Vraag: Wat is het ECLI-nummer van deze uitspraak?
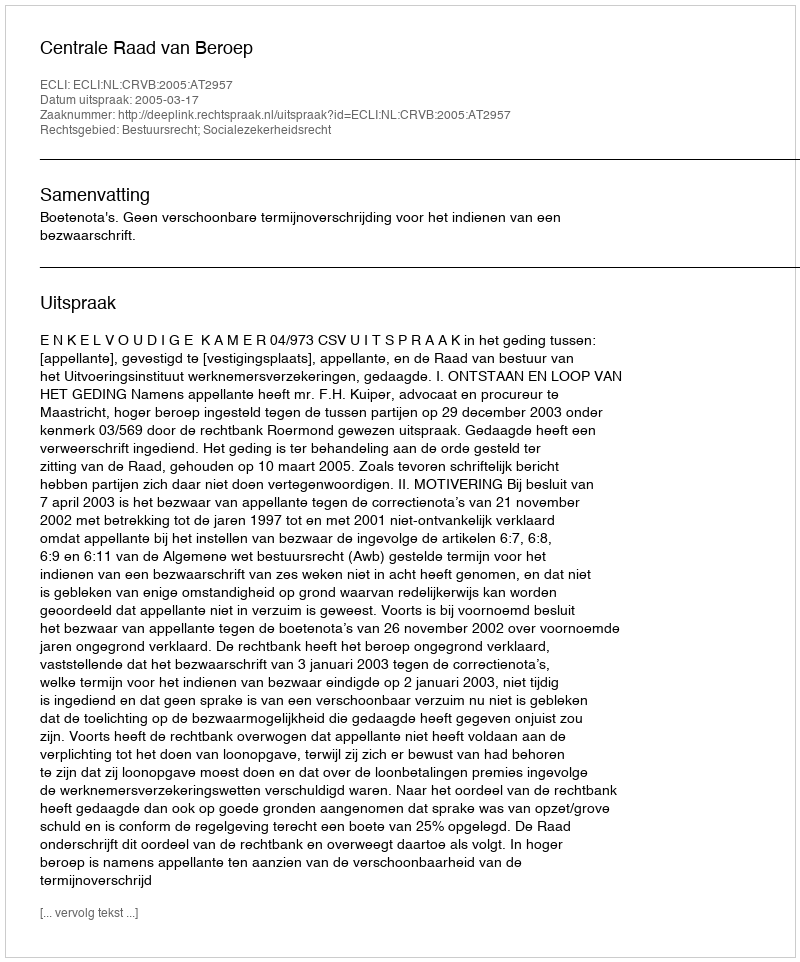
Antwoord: ECLI:NL:CRVB:2005:AT2957